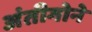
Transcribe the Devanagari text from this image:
अंतीगोने